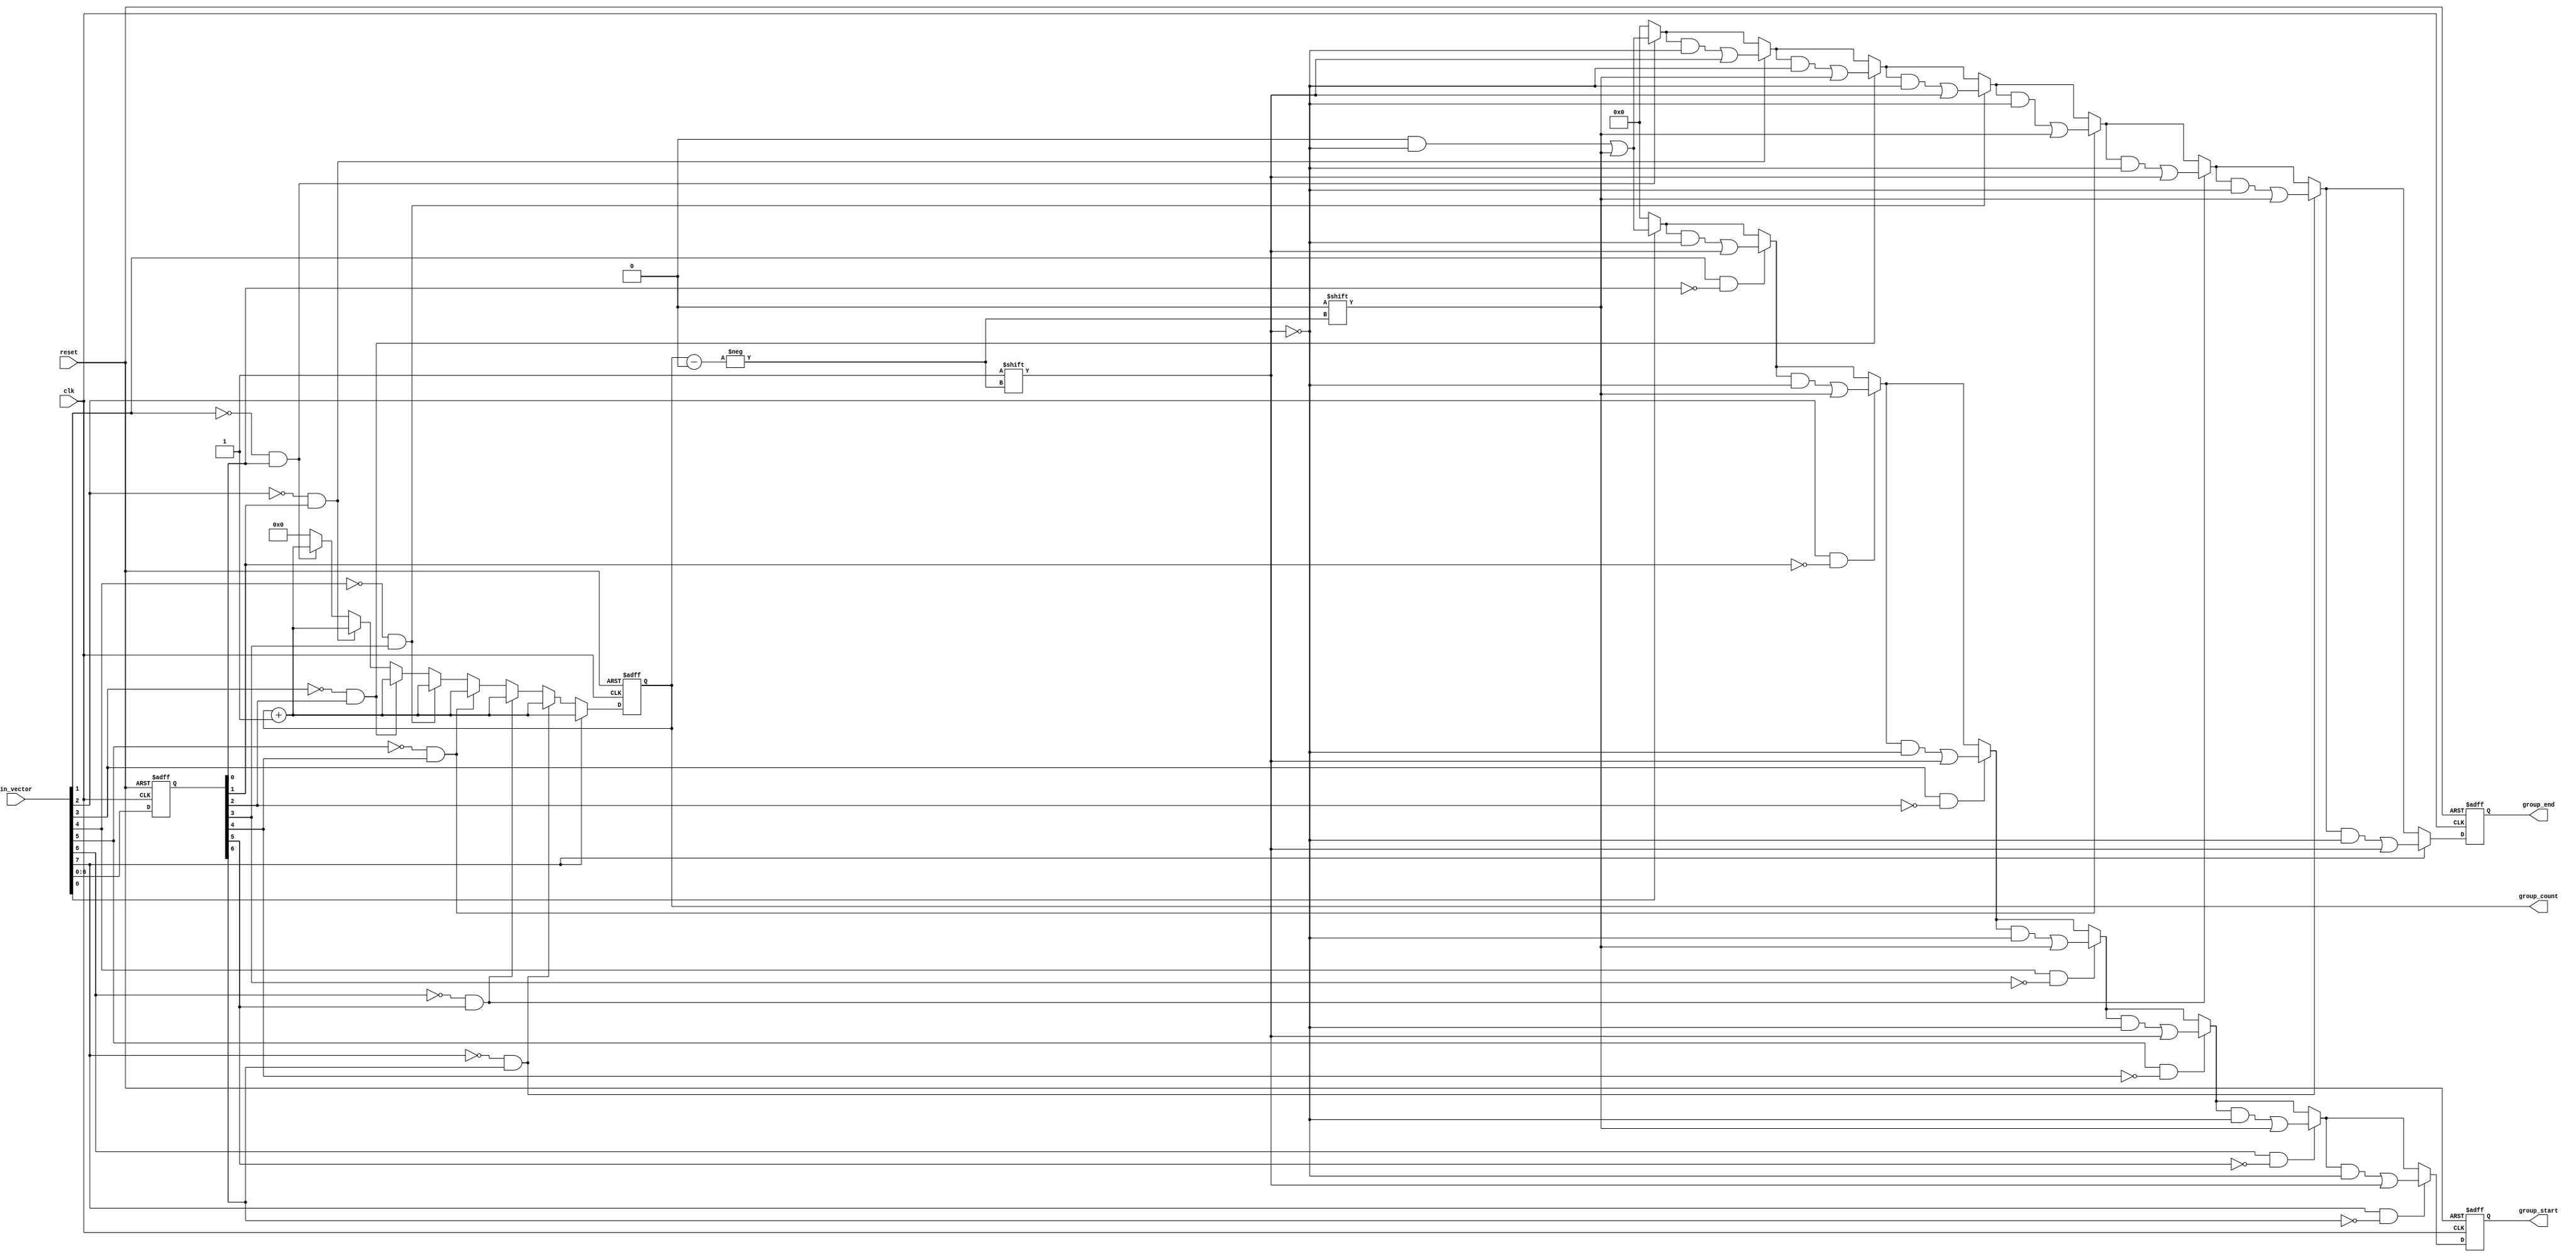
module GroupingOfOnes #(
    parameter N = 8, // Configurable input length
    parameter MAX_GROUPS = 4 // Maximum number of groups to detect
)(
    input  wire [N-1:0] in_vector, // Input binary vector
    output reg [N-1:0] group_start, // Start indices of groups
    output reg [N-1:0] group_end,   // End indices of groups
    output reg [3:0] group_count,    // Count of groups detected
    input  wire clk,                  // Clock signal
    input  wire reset                 // Reset signal
);

    integer i;
    reg [N-1:0] prev_vector; // To track previous state for transitions

    always @(posedge clk or posedge reset) begin
        if (reset) begin
            group_start <= 0;
            group_end <= 0;
            group_count <= 0;
            prev_vector <= 0;
        end else begin
            // Reset outputs
            group_start <= 0;
            group_end <= 0;
            group_count <= 0;

            // Initialize previous vector
            prev_vector <= in_vector;

            // Detect groups of 1s
            for (i = 0; i < N; i = i + 1) begin
                // Check for start of a group
                if (in_vector[i] == 1 && (i == 0 || prev_vector[i-1] == 0)) begin
                    group_start[group_count] <= i; // Mark start index
                end

                // Check for end of a group
                if (in_vector[i] == 0 && (i > 0 && prev_vector[i-1] == 1)) begin
                    group_end[group_count] <= i - 1; // Mark end index
                    group_count <= group_count + 1; // Increment group count
                end
            end

            // Handle case where the last group ends at the last index
            if (in_vector[N-1] == 1) begin
                group_end[group_count] <= N - 1; // Mark end index for last group
                group_count <= group_count + 1; // Increment group count
            end
        end
    end

endmodule